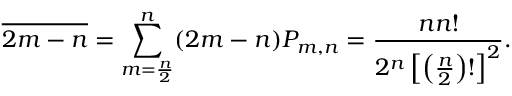
{ \overline { { 2 m - n } } } = \sum _ { m = { \frac { n } { 2 } } } ^ { n } ( 2 m - n ) P _ { m , n } = { \frac { n n ! } { 2 ^ { n } \left[ \left( { \frac { n } { 2 } } \right) ! \right] ^ { 2 } } } .